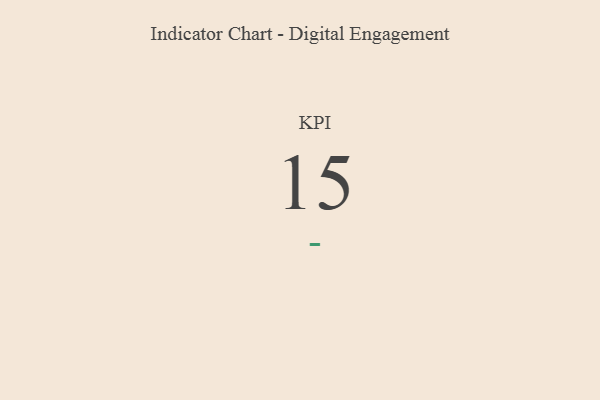
{"axis": {"x": "KPI", "y": "Value"}, "legend": [""], "data": [{"x": "KPI", "y": 15, "type": ""}]}